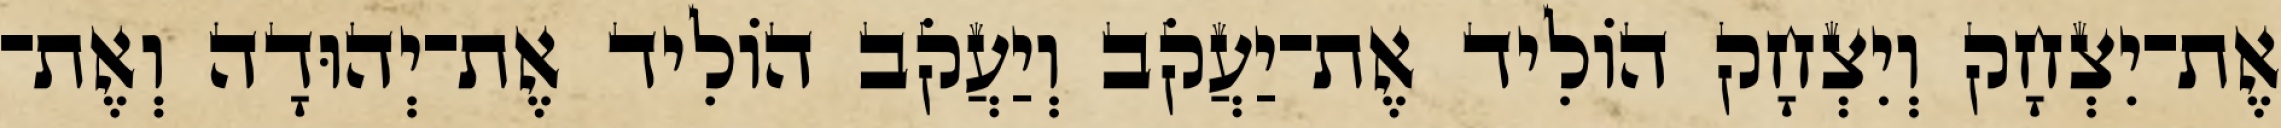
אֶת־יִצְחָק וְיִצְחָק הוֹלִיד אֶת־יַעֲקֹב וְיַעֲקֹב הוֹלִיד אֶת־יְהוּדָה וְאֶת־